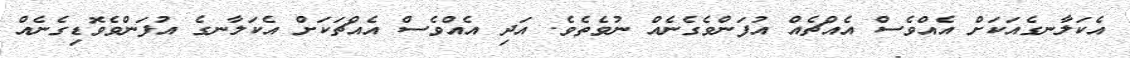
އެކަލާނގެއަކަށް އެއްވެސް އެއްޗެއް އުފަންވެގެނެއް ނުވެތެވެ. އަދި އެއްވެސް އެއްޗަކަށް އެކަލާނގެ އުފަންވެވޮޑިގެނެއް